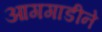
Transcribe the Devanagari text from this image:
आगगाडीने